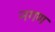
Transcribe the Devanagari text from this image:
नगण